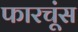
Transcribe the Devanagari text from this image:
फारचूंस